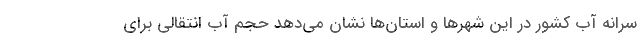
سرانه آب کشور در این شهرها و استان‌ها نشان می‌دهد حجم آب انتقالی برای